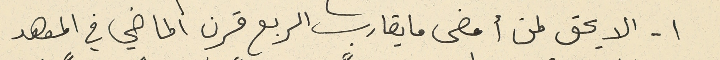
١-	الا يحق لمن أمضى ما يقارب الربع قرن الماضي في المعهد